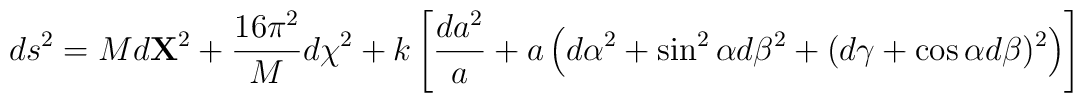
ds^2 = M d{\bf X}^2 +  {16\pi^2 \over M }d\chi^2 +        k \left[{ da^2 \over a}       + a \left( d\alpha^2 + \sin^2\alpha d\beta^2          + (d \gamma + \cos\alpha d\beta)^2 \right) \right]